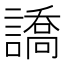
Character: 譑